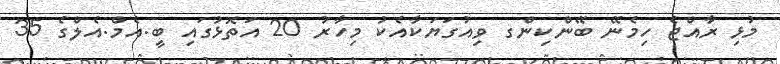
މުޅި ރާއްޖެ ހިމެނޭ ބޭންކިންގ ވިއުގަޔަކާއެކު މިހާރު 20 އަތޮޅުގައި ބީ.އެމް.އެލްގެ 35